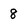
Character: 8